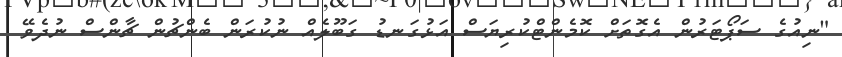
"ނިއުގެ ސަޕޯޓަރުން އެގޮތަށް ކޮމެންޓްކުރިޔަސް އަޅުގަނޑު ގަބޫލެއް ނުކުރަން ބެންޗުން ޗާންސް ނުދެވޭ